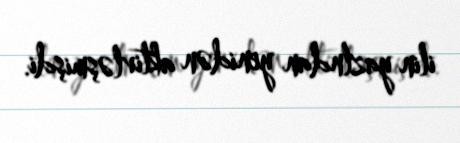
ilin yazlndan yenidən aktivləşmişdi.